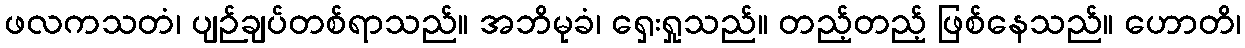
ဖလကသတံ၊ ပျဉ်ချပ်တစ်ရာသည်။ အဘိမုခံ၊ ရှေးရှုသည်။ တည့်တည့် ဖြစ်နေသည်။ ဟောတိ၊